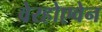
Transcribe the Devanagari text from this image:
वेरहोएवेन